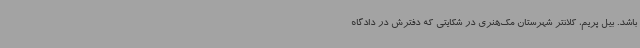
باشد. بیل پریم، کلانتر شهرستان مک‌هنری در شکایتی که دفترش در دادگاه